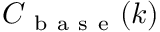
C _ { \mathrm { ~ b ~ a ~ s ~ e ~ } } ( k )